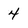
Character: 4